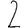
Digit: 2